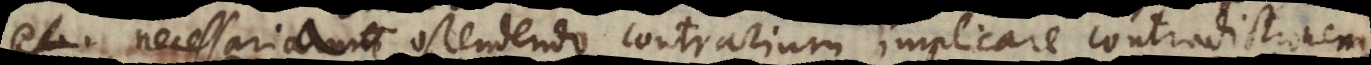
necessaria ostendendo contrarium implicare contradicti